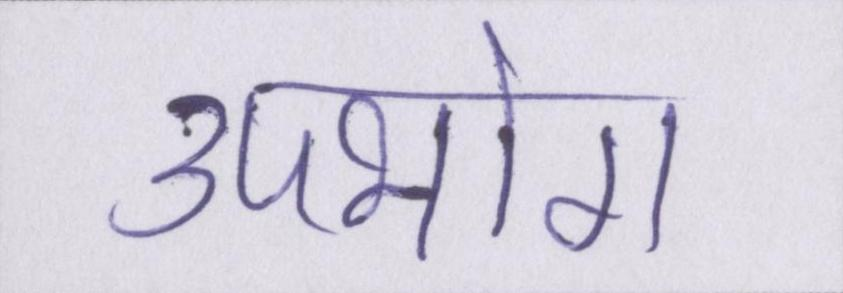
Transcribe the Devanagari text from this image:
उपभोग